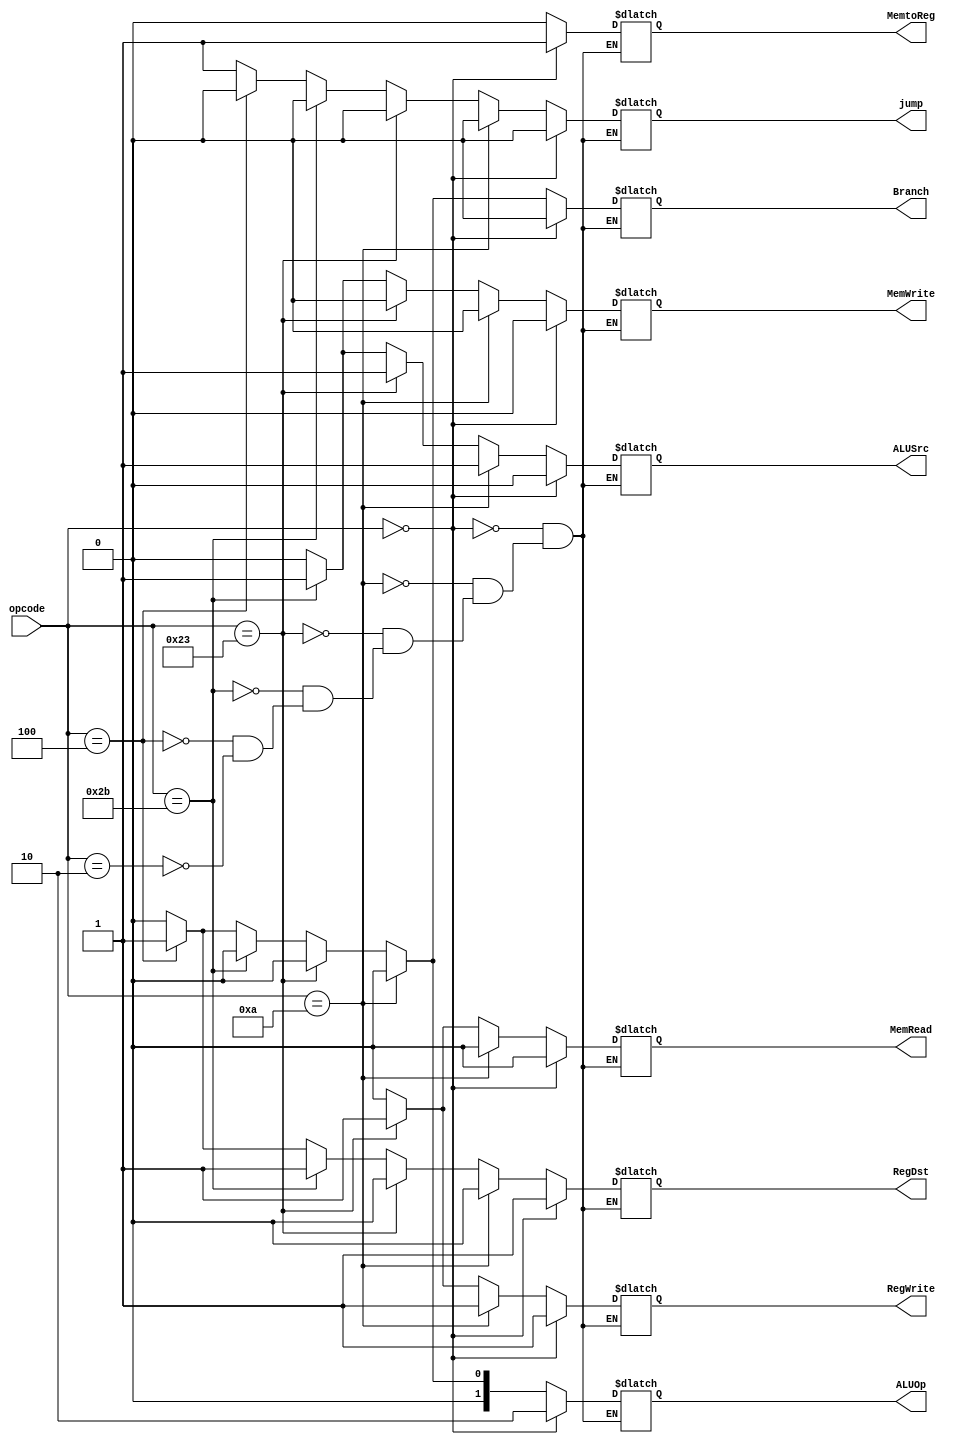
module Control_PP(
input [5:0] opcode,
output reg [1:0] ALUOp,
output reg RegDst,
output reg Branch,
output reg MemRead,
output reg MemtoReg,
output reg MemWrite,
output reg ALUSrc,
output reg RegWrite,
output reg jump
);

always@(opcode) begin
// R-Type
if (opcode == 6'd0) begin
ALUOp <= 2'b10;
RegDst <= 1'b1;
RegWrite <= 1'b1;
ALUSrc <= 1'b0;
MemtoReg <= 1'b1;
MemWrite <= 1'b0;
MemRead <= 1'b0;
Branch <= 1'b0;
jump <= 1'b0;
end

// I-Type (addi)
else if (opcode == 6'd10) begin
ALUOp <= 2'b00;
RegDst <= 1'b0;
RegWrite <= 1'b1;
ALUSrc <= 1'b1;
MemtoReg <= 1'b0;
MemWrite <= 1'b0;
MemRead <= 1'b0;
Branch <= 1'b0;
jump <= 1'b0;
end

// Load Word
else if (opcode == 6'd35) begin
ALUOp <= 2'b00;
RegDst <= 1'b0;
RegWrite <= 1'b1;
ALUSrc <= 1'b1;
MemtoReg <= 1'b0;
MemWrite <= 1'b0;
MemRead <= 1'b1;
Branch <= 1'b0;
jump <= 1'b0;
end

// Store Word
else if (opcode == 6'd43) begin
ALUOp <= 2'b00;
RegDst <= 1'b1;
RegWrite <= 1'b0;
ALUSrc <= 1'b1;
MemtoReg <= 1'b0;
MemWrite <= 1'b1;
MemRead <= 1'b0;
Branch <= 1'b0;
jump <= 1'b0;
end

// BEQ
else if (opcode == 6'd4) begin
ALUOp <= 2'b01;
RegDst <= 1'b1;
RegWrite <= 1'b0;
ALUSrc <= 1'b0;
MemtoReg <= 1'b0;
MemWrite <= 1'b0;
MemRead <= 1'b0;
Branch <= 1'b1;
jump <= 1'b0;
end

// Jump
else if (opcode == 6'd2) begin
ALUOp <= 2'b00;
RegDst <= 1'b0;
RegWrite <= 1'b0;
ALUSrc <= 1'b0;
MemtoReg <= 1'b0;
MemWrite <= 1'b0;
MemRead <= 1'b0;
Branch <= 1'b0;
jump <= 1'b1;
end

end
endmodule